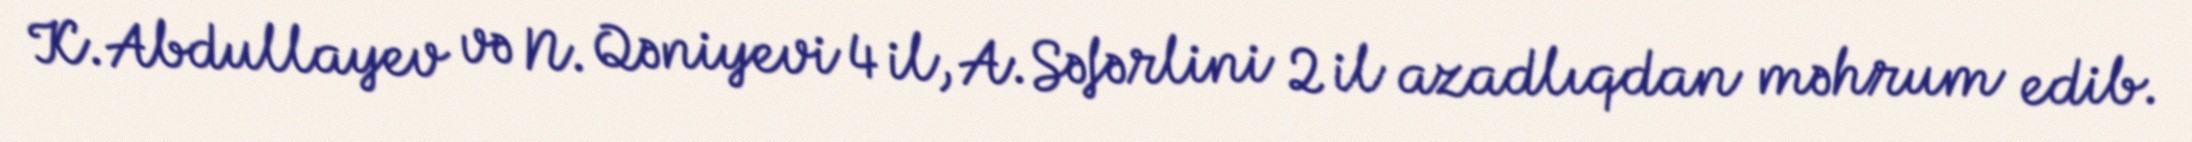
K.Abdullayev və N. Qəniyevi 4 il, A.Səfərlini 2 il azadlıqdan məhrum edib.